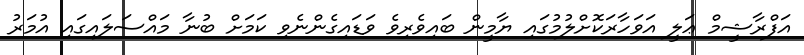
އަފްރާޝީމް ޢަލީ އަވަހާރަކޮށްލުމުގައި ޔާމީން ބައިވެރިވެ ވަޑައިގެންނެވި ކަމަށް ބުނާ މައްސަލައިގައި އުމަރު